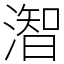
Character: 潪